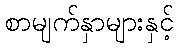
စာမျက်နှာများနှင့်